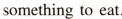
something to eat.